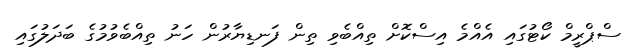
ސްޕްރީމް ކޯޓުގައި އެއްމެ އިސްކޮށް ތިއްބެވި ތިން ފަނޑިޔާރުން ހަނު ތިއްބެވުމުގެ ބަދަލުގައި